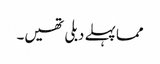
مما پہلے دبلی تھیں۔